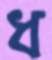
ধ